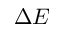
\Delta E